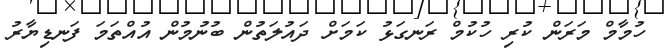
ހުމާމް މަރަން ކުރި ހުކުމް ރަނގަޅު ކަމަށް ދައުލަތުން ބުނުމުން އުއްތަމަ ފަނޑިޔާރު